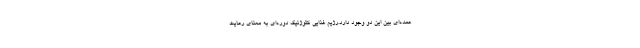
عمده‌ای بین این دو وجود دارد.رژیم غذایی کتوژنیک دوره‌ای به معنای رعایت